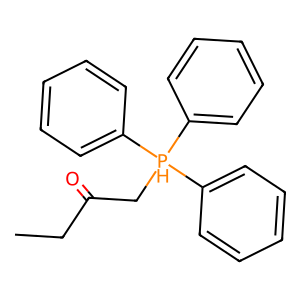
SMILES: CCC(=O)C[PH](c1ccccc1)(c1ccccc1)c1ccccc1
Inhibits HIV replication: No